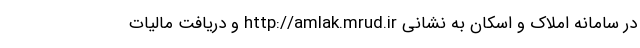
در سامانه املاک و اسکان به نشانی http://amlak.mrud.ir و دریافت مالیات